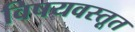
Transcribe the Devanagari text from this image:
विषयवस्तूत